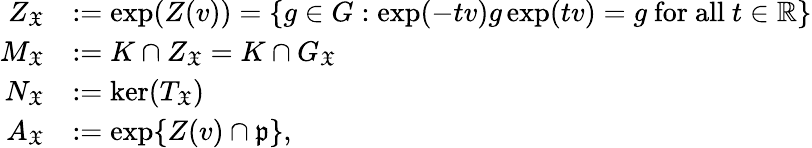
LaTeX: \begin{array}{rl}{Z_{\mathfrak{X}}}&{:=\exp(Z(v))=\{ g\in G:\exp(-tv)g\exp(tv)=g\mathrm{~for~all~}t\in\mathbb R\} }\\ {M_{\mathfrak{X}}}&{:=K\cap Z_{\mathfrak{X}}=K\cap G_{\mathfrak{X}}}\\ {N_{\mathfrak{X}}}&{:=\ker(T_{\mathfrak{X}})}\\ {A_{\mathfrak{X}}}&{:=\exp\{ Z(v)\cap\mathfrak p\} ,}\end{array}